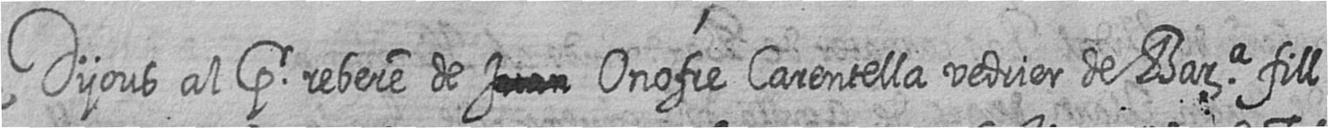
Dijous al pr rebere de # Onofre Carentella vedrier de Bara fill